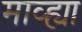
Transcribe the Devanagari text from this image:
माव्ह्या